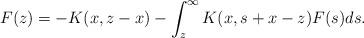
LaTeX: \begin{align*}F(z)=-K(x,z-x)-\int_z^\infty K(x,s+x-z)F(s)ds.\end{align*}